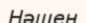
Нәшен